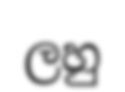
ලහු